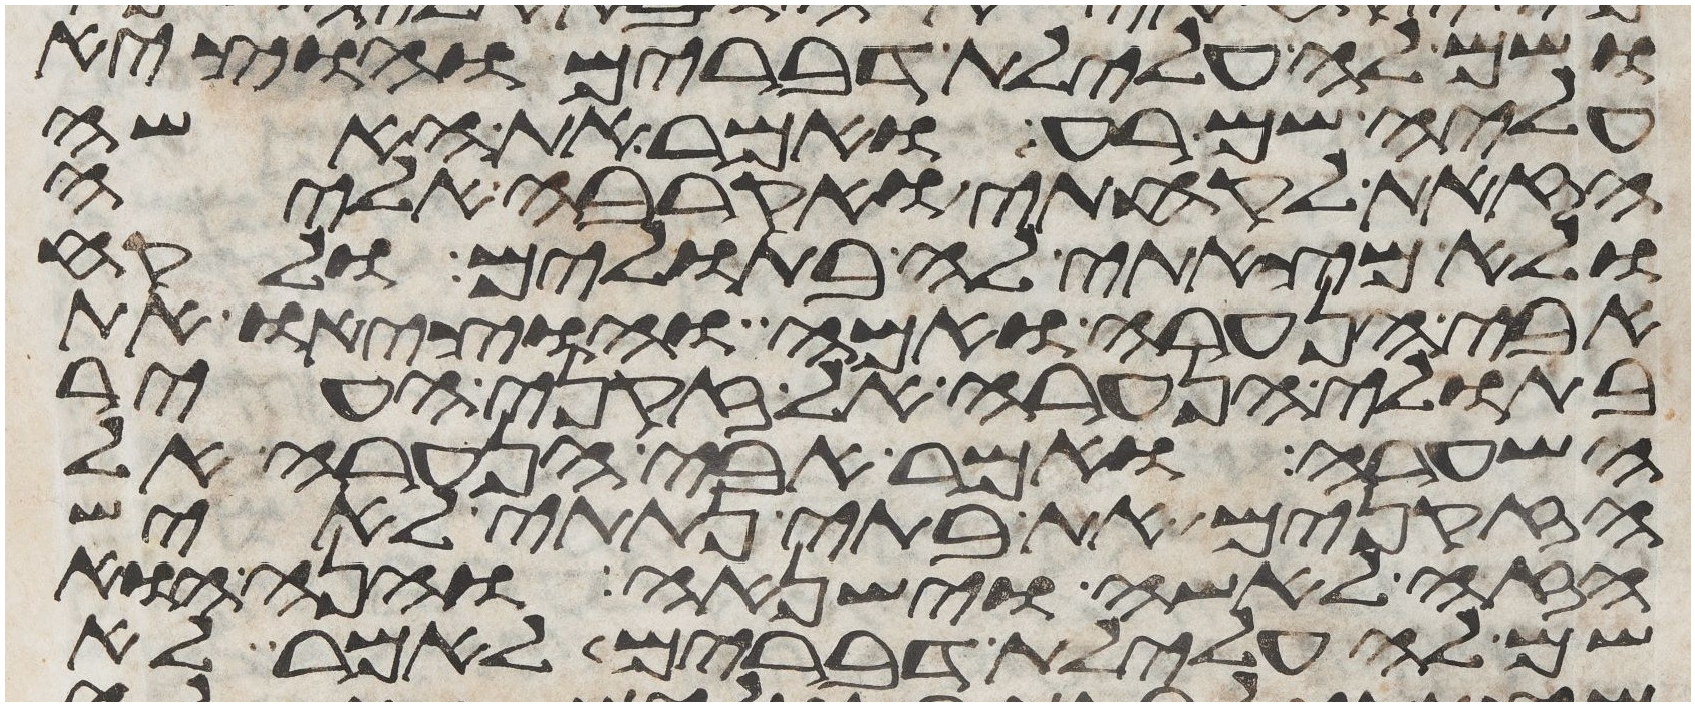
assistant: ושם לה עלילת דברים והוציא
עליה שם רע ואמר את האשה
הזאת לקחתי ואקרבה אליה
ולא מצאתי לה בתולים ולקח
אבי הנערה ואמה והוציאו את
בתולי הנערה אל זקני העיר
השערה ואמר אבי הנערה אל
הזקנים את בתי נתתי לאיש
הזה לאשה וישנאה והנה הוא
שם לה עלילת דברים לאמר לא